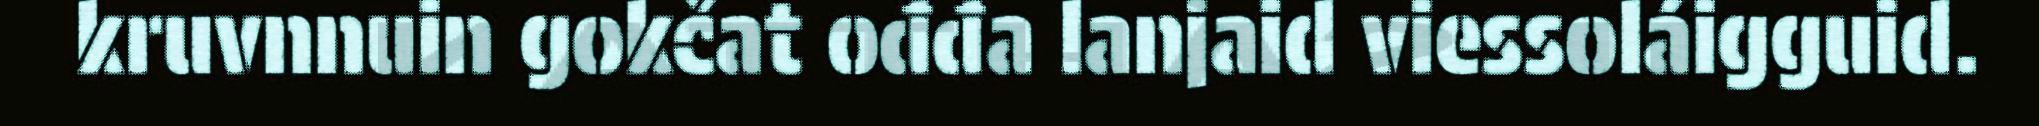
kruvnnuin gokčat ođđa lanjaid viessoláigguid.